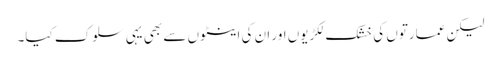
لیکن عمارتوں کی خشک لکڑیوں اور ان کی اینٹوں سے بھی یہی سلوک کیا۔